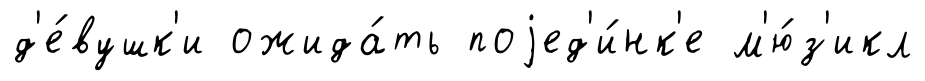
д'е́вушк'и ожида́ть поjед'и́нк'е м'ю́з'икл